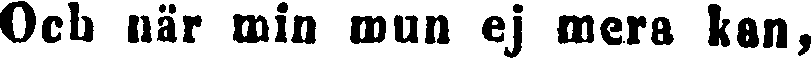
Och när min mun ej mera han,